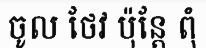
ចូល ថែវ ប៉ុន្តែ ពុំ